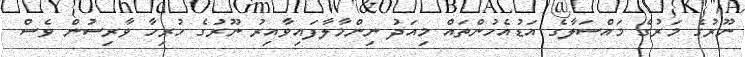
ނޫރުގެ މަރުގެ މައްސަލާގެ އަޑުއެހުންތައް މިއަދު ނިންމާލާފައިވާއިރު ނޫރުގެ ހުރިހާ ވާރިސުން ވެސް